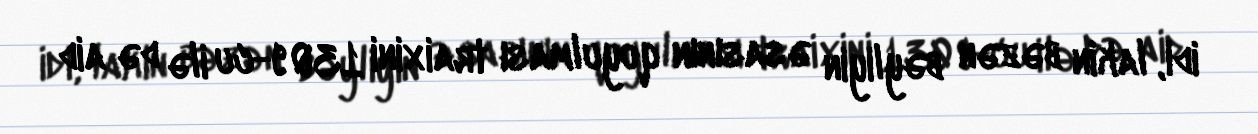
idi, lakin bəzən bəyliyin əsasının qoyulması traixini 1309-cu ilə də aid